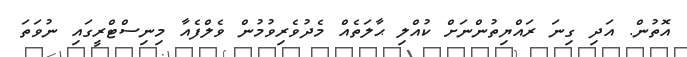
އޮތުން. އަދި ގިނަ ރައްޔިތުންނަށް ކުއްލި ޙާލަތެއް މެދުވެރިވުމުން ވެލްފެއާ މިނިސްޓްރީގައި ނުވަތަ